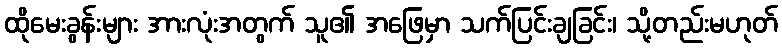
ထိုမေးခွန်းများ အားလုံးအတွက် သူ၏ အဖြေမှာ သက်ပြင်းချခြင်း၊ သို့တည်းမဟုတ်